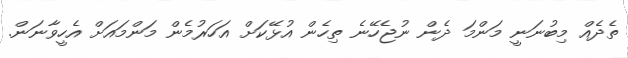
ތެދެއް މިބުނަނީ މަންމަ ދެން ނުޖެހޭނެ ތިހެން އުޅޭކަށް އަހަރުމެން މަންމައަށް އެހީވާނަން.